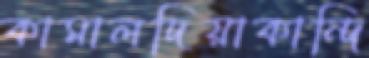
কামালদিয়াকান্দি